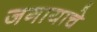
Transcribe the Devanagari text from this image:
जगायाचे